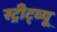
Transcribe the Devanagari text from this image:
स्ट्रीट्व्यू